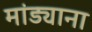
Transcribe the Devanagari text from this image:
मांड्याना